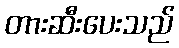
တားဆီးပေးသည်